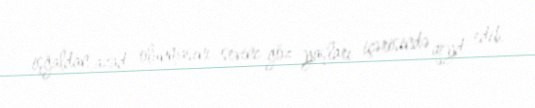
işğaldan azad olunmasını sevinc göz yaşları içərisində qeyd edib.